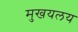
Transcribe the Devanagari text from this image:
मुखयलय